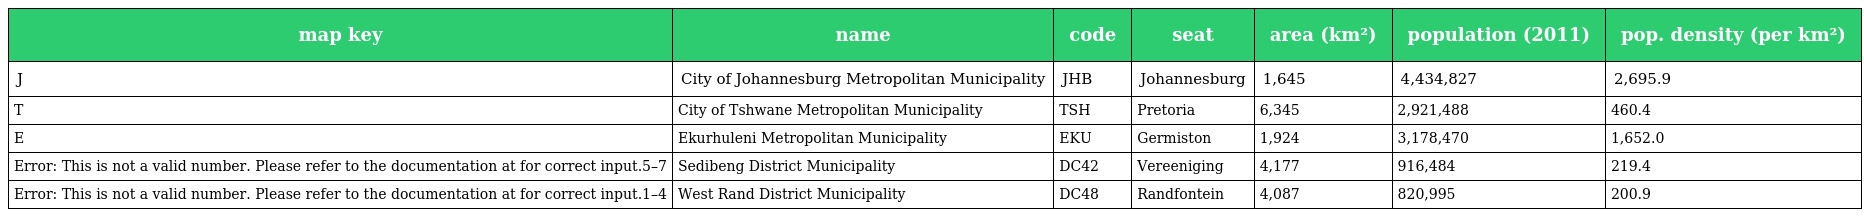
| map key | name | code | seat | area (km²) | population (2011) | pop. density (per km²) |
 | --- | --- | --- | --- | --- | --- | --- |
 | J | City of Johannesburg Metropolitan Municipality | JHB | Johannesburg | 1,645 | 4,434,827 | 2,695.9 |
 | T | City of Tshwane Metropolitan Municipality | TSH | Pretoria | 6,345 | 2,921,488 | 460.4 |
 | E | Ekurhuleni Metropolitan Municipality | EKU | Germiston | 1,924 | 3,178,470 | 1,652.0 |
 | Error: This is not a valid number. Please refer to the documentation at for correct input.5–7 | Sedibeng District Municipality | DC42 | Vereeniging | 4,177 | 916,484 | 219.4 |
 | Error: This is not a valid number. Please refer to the documentation at for correct input.1–4 | West Rand District Municipality | DC48 | Randfontein | 4,087 | 820,995 | 200.9 |